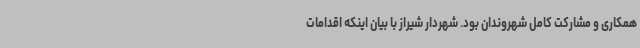
همکاری و مشارکت کامل شهروندان بود. شهردار شیراز با بیان اینکه اقدامات